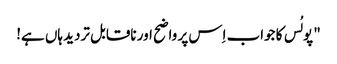
" پولُس کا جواب اِس پر واضح اور ناقابل تردید ہاں ہے!